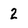
Character: 2